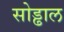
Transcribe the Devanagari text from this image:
सोड्ढाल